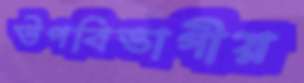
উপবিভাগীয়